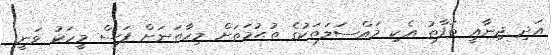
އަދި ޖިނާއީ ތަފާތު އެކި މައްސަލަތަކުގެ ތުޙުމަތަށް މިހާތަނަށް ފަސް މީހަކު ވަނީ